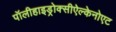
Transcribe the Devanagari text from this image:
पॉलीहाइड्रोक्सीऐल्केनोएट